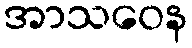
အာသဝေန